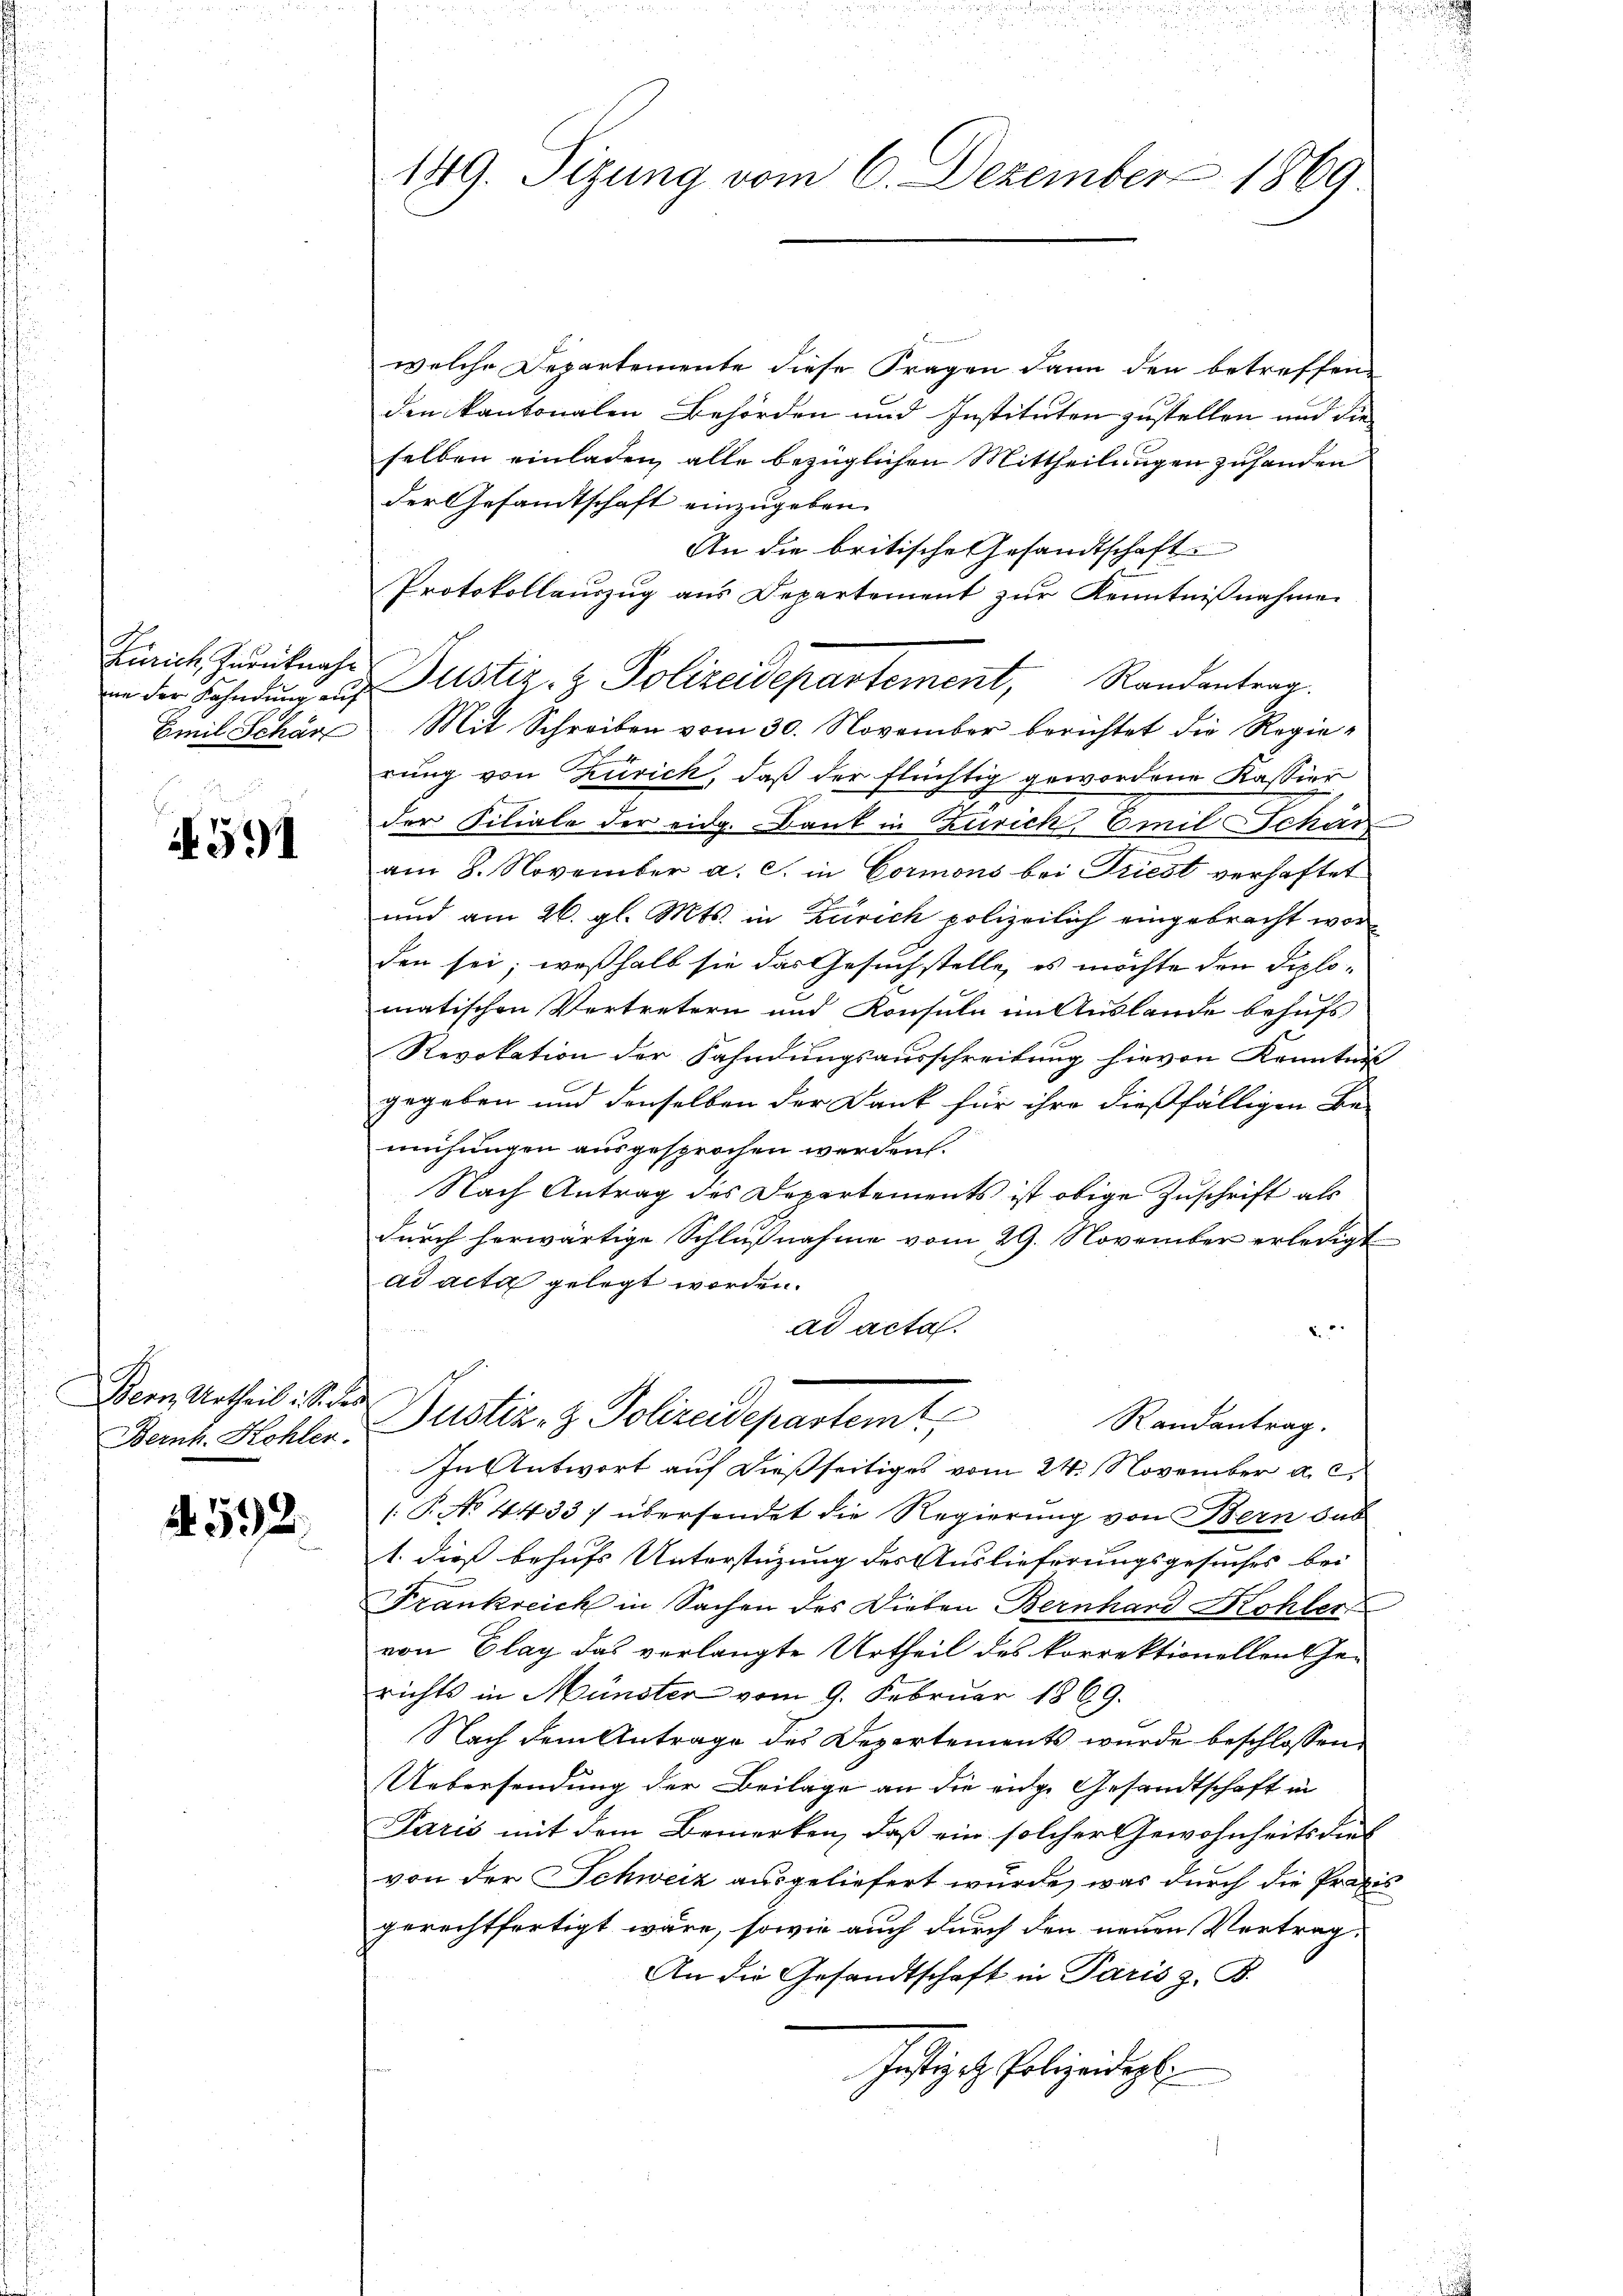
Zürich zurücknahinn der Kahndung auf
Emil Schär

A. 591

Bern Urtheil. S. der
Bernh. Kohler.

4592.

149. Sizung vom 6. Dezember 1869.

welche Departemente diese Fragen dann den betreffen-
den kantonalen Behörden und Instituten zustellen und die
selben einladen, alle bezüglichen Mittheilungen zuhanden
der Gesandtschaft einzugeben.
An die britische Gesandtschaft.
Protokollauszug aus Departement zur Kenntnißnahmen
Mit Schreiben vom 30. November berichtet die Regierung von Zürich, daß der flüchtig gewordene Kassier
der Filiale der eidg. Bank in Zürich, Emil Schön
am 8. November a. c. in Cormons bei Triest verhaftet
und am 26. gl. Mts. in Zürich polizeilich eingebracht wor
den sei; weßhalb sie das Gesuchstelle, es möchte den Diplomatischen Vertretern und Konsula in Auslande behufs
Revokation der Fahndungsausschreibung hievon Kenntnis
gegeben und denselben der Dank für ihre dießfälligen Be-
mühungen ausgesprochen werden.
Nach Antrag des Departements ist obige Zuschrift als
durch herwärtige Schlußnahme vom 29. November erledigt
ad acta gelegt worden.
2.
ad acta.
Dustiz- & Polizeidepastent
Randantrag.
In Antwort auf dießseitiges vom 24. November a. c.
1: P. No 4433; übersendet die Regierung von Bern sub
1. dieß behufs Unterstüzung des Auslieferungsgesuches bei
Frankreich in Sachen des Dieben Bernhard Kohler
von Clag das verlangte Urtheil des korrektionellen Ge-
richts in Münster vom 9. Februar 1869.
Nach dem Antrage des Departements wurde beschlossen
Uebersendung der Beilage an die eige Gesandtschaft in
Paris mit dem Bemerken, daß ein solcher Gewohnheits dies
von der Schweiz ausgeliefert wurde, was durch die Praxigerechtfertigt wäre, sowie auch durch den neuen Vertrag,
An die Gesandtschaft in Paris z. B.
Justizch Polizeidigt.
die diese

Justiz- & Polizeidepartement, Randantrag